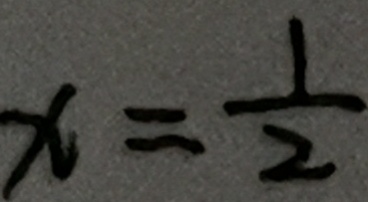
x = \frac { 1 } { 2 }